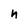
Character: n